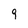
Character: 9